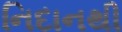
નિદાનથી